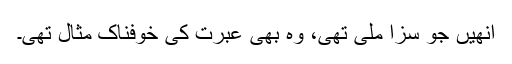
انھیں جو سزا ملی تھی، وہ بھی عبرت کی خوفناک مثال تھی۔